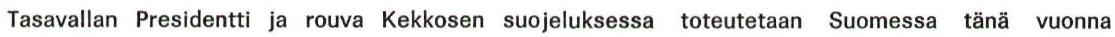
Tasavallan Presidentti ja rouva Kekkosen suojeluksessa toteutetaan Suomessa tänä vuonna